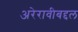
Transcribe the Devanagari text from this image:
अरेरावीबद्दल